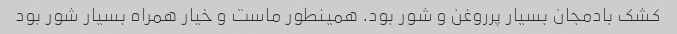
کشک بادمجان بسیار پرروغن و شور بود. همینطور ماست و خیار همراه بسیار شور بود